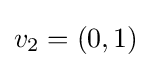
v_{2}=(0,1)